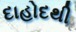
દાહોદથી